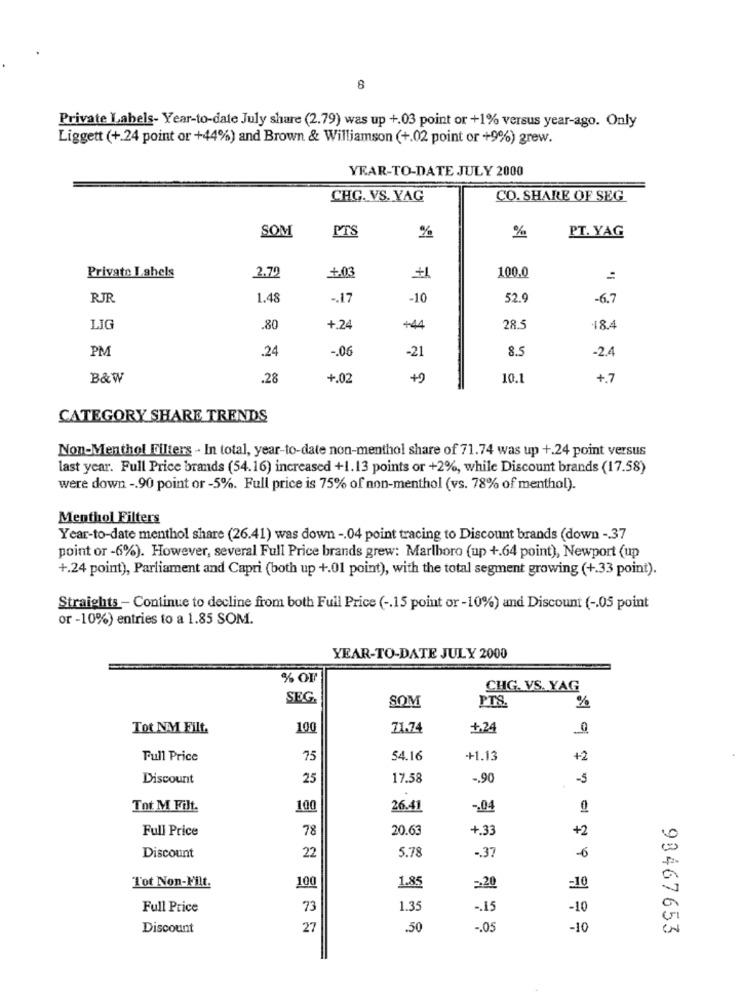
8
Private Labels- Year-to-date July share (2.79) was up +.03 point or +1% versus year-ago. Only
Liggett (+.24 point or +44%) and Brown & Williamson (+.02 point or +9%) grew.
YEAR-TO-DATE JULY 2000
CHG. VS. YAG
CO. SHARE OF SEG
SOM
PTS
%
%
PT. YAG
2.70
100.0
Privato I shels
+.03
RJR
1.48
-. 17
-10
52.9
-6.7
LIG
.80
+.24
+44
28.5
18.4
PM
.24
-. 06
-21
8.5
-2.4
B&W
.28
+.02
7
10.1
+7
CATEGORY SHARE TRENDS
Non-Menthol Filters - In total, year-to-date non-menthol share of 71.74 was up +.24 point versus
last year. Full Price brands (54.16) increased +1.13 points or +2%, while Discount brands (17.58)
were down -. 90 point or -5%. Full price is 75% of non-menthol (vs. 78% of menthol).
Menthol Filters
Year-to-date menthol share (26.41) was down -. 04 point tracing to Discount brands (down -. 37
point or -6%). However, several Full Price brands grew: Marlboro (up +.64 point), Newport (up
+.24 point), Parliament and Capri (both up +.01 point), with the total segment growing (+.33 point).
Straights - Continue to decline from both Full Price ( -. 15 point or-10%) and Discount ( -. 05 point
or -10%) entries to a 1.85 SOM.
YEAR-TO-DATE JULY 2000
% OF
CHG. VS. YAG
SEG.
SOM
PTS
%
Tot NM Filt.
100
71.74
+.24
Full Price
75
54.16
+1.13
+2
Discount
25
17.58
-. 90
-5
Tot M Filt.
100
26.41
-04
0
Full Price
78
20.63
+.33
+2
5.78
Discount
22
.. 37
-6
Tot Non-Nilt.
100
1.85
=>20
-10
Full Price
73
1.35
-. 15
-10
Discount
27
.50
-. 05
-10
93467653